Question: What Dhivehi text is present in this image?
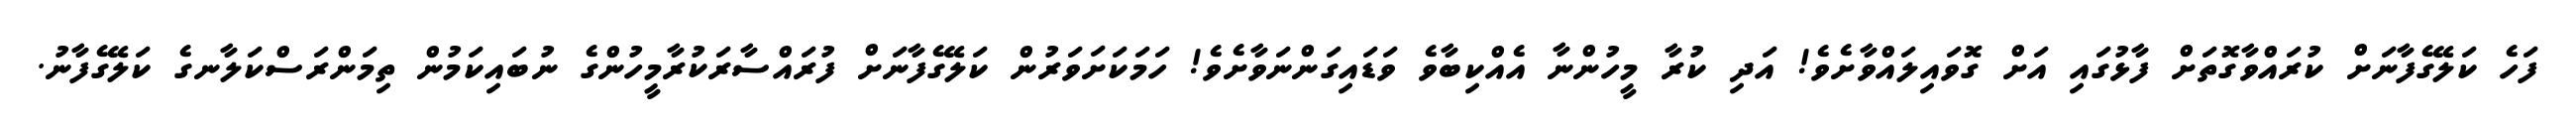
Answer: ފަހެ ކަލޭގެފާނަށް ކުރައްވާގޮތަށް ފާޅުގައި އަށް ގޮވައިލައްވާށެވެ! އަދި ކުރާ މީހުންނާ އެއްކިބާވެ ވަޑައިގަންނަވާށެވެ! ހަމަކަށަވަރުން ކަލޭގެފާނަށް ފުރައްސާރަކުރާމީހުންގެ ނުބައިކަމުން ތިމަންރަސްކަލާނގެ ކަލޭގެފާނު.